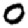
Digit: 0